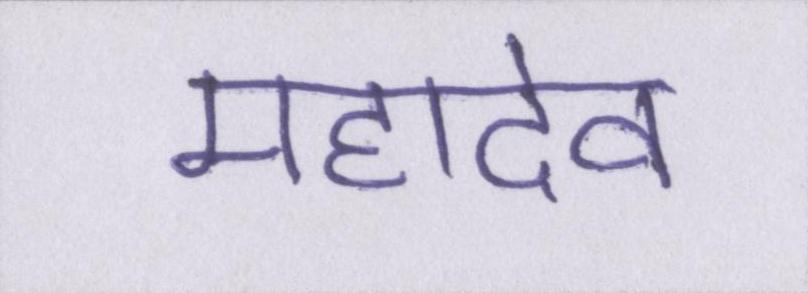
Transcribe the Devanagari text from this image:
महादेव